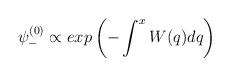
LaTeX: \begin{align*}\psi^{(0)}_- \propto exp\left(-\int^{x}W(q)dq\right)\end{align*}